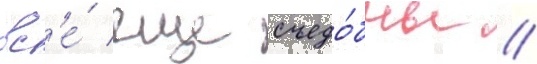
вс'е́ еще съедо́бны //